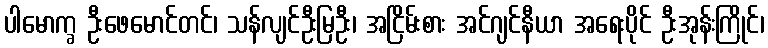
ပါမောက္ခ ဦးဖေမောင်တင်၊ သန်လျင်ဦးမြဦး၊ အငြိမ်းစား အင်ဂျင်နီယာ အရေးပိုင် ဦးအုန်းကြိုင်၊